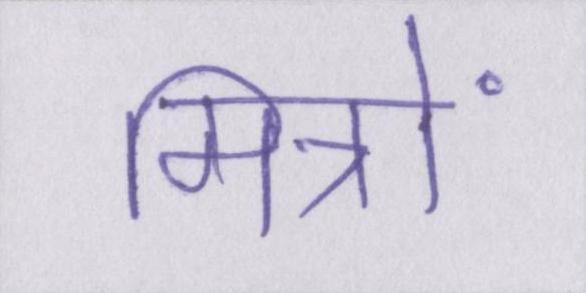
मित्रों